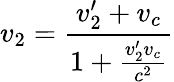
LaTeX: v_{2}={\frac{v_{2}^{\prime}+v_{c}}{1+{\frac{v_{2}^{\prime}v_{c}}{c^{2}}}}}